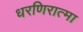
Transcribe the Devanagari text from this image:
धरणिरात्मा